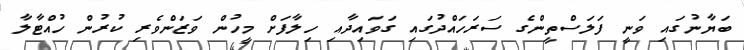
ބަޔާނުގައި ވަނީ ފަލަސްތީންގެ ސަރަހައްދުގައި ގަވައިދާއި ހިލާފަށް މީހުން ވަޒަންވެރި ކުރުން ހުއްޓާލާ